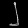
Digit: ၂